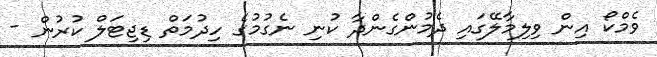
ވެމްކޯ އިން ވިލިމާލޭގައި ދެމުންގެންދާ ކުނި ނެގުމުގެ ހިދުމަތް ޑިޖިޓަލް ކުރުން -